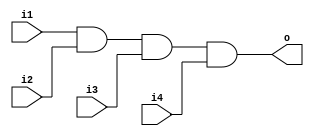
module and_gate(output o, input i1, i2, i3, i4);

assign o = i1 & i2 & i3 & i4;

endmodule